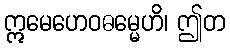
ဣမေဟေဝဓမ္မေဟိ၊ ဤတ